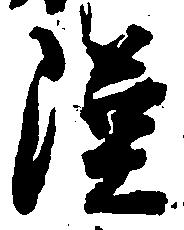
漢